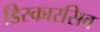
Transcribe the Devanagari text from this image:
डिस्कारसिव